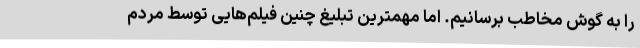
را به گوش مخاطب برسانیم. اما مهمترین تبلیغ چنین فیلم‌هایی توسط مردم